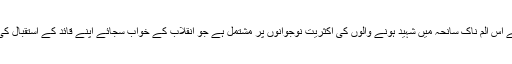
ریاستی دہشت گردی کے اس الم ناک سانحہ میں شہید ہونے والوں کی اکثریت نوجوانوں پر مشتمل ہے جو انقلاب کے خواب سجائے اپنے قائد کے استقبال کی تیاریاں کر رہے تھے۔